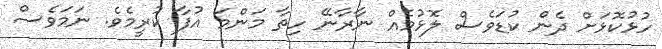
ހުޅުކޮޅަށް ދެން ކުޑަވެސް ލޮޅުމެއް ނާރާނޭ ހިތާ މަންމަ އުފާ ކުރީމެވެ. ނަމަވެސް